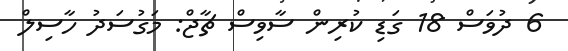
6 ދުވަސް 18 ގަޑި ކުރިން ސާވިސް ޗާޖް: މަގުސަދު ހާސިލް